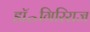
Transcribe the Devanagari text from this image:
डॉ॰गिरिराज